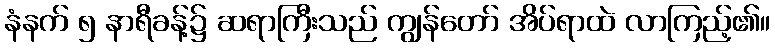
နံနက် ၅ နာရီခန့်၌ ဆရာကြီးသည် ကျွန်တော် အိပ်ရာထဲ လာကြည့်၏။